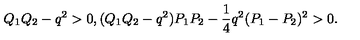
Q _ { 1 } Q _ { 2 } - q ^ { 2 } > 0 , ( Q _ { 1 } Q _ { 2 } - q ^ { 2 } ) P _ { 1 } P _ { 2 } - { \frac { 1 } { 4 } } q ^ { 2 } ( P _ { 1 } - P _ { 2 } ) ^ { 2 } > 0 .